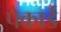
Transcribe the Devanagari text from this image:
पेकार्ड